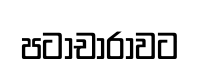
පටාචාරාවට